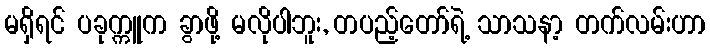
မရှိရင် ပခုက္ကူက ခွာဖို့ မလိုပါဘူး, တပည့်တော်ရဲ့ သာသနာ့ တက်လမ်းဟာ